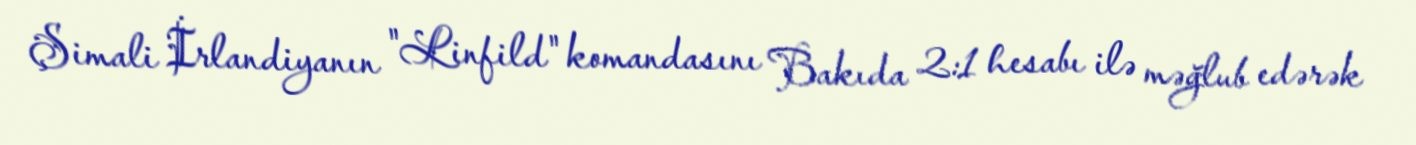
Şimali İrlandiyanın "Linfild" komandasını Bakıda 2:1 hesabı ilə məğlub edərək